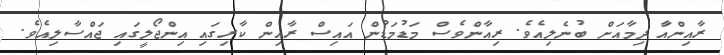
ރާއިންއަާ ދިމާއަށް ބުނެލިއެވެ. ރިއާންވެސް މަޑުމަޑުން އައިސް ރާއިން ކާރިގައި އިންޖޯލީގައި ޖައްސާލިއެވެ.